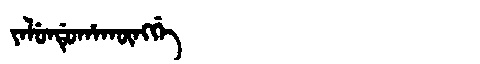
Manchu: ᠶᠠᠯᡠᠨᡩᡠᡥᠠᡴᡡᠩᡤᡝ
Romanization: YALUNDUHAKŪNGGE